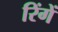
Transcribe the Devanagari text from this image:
रिंगें